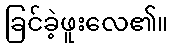
ခြင်ခဲ့ဖူးလေ၏။